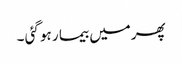
پھرمیں بیما ر ہو گئی ۔